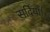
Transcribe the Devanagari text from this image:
सर्दियाँ।